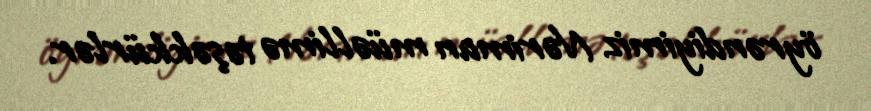
öyrəndiyimiz Nəriman müəllimə təşəkkürlər.